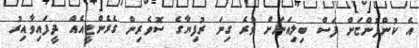
އެ ކުންފުންޏަށް ފަސް ބިލިއަނަށް ވުރެ ގިނަ ރުފިޔާގެ ސޮވެރިން ގެރެންޓީއެއް ދީފައިވާއިރު